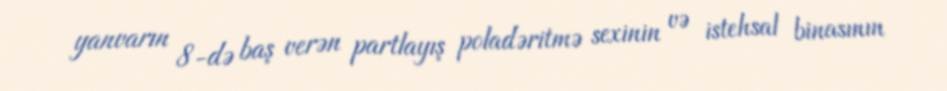
yanvarın 8-də baş verən partlayış poladəritmə sexinin və istehsal binasının